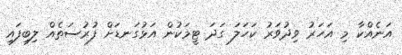
އަނެއްކާ މި އަހަރު ވިދުވަރު ކަހަލަ ގަދަ ޓީމަކުން އަޅުގަނޑަށް ފުރުސަތެއް ލިބިފައި